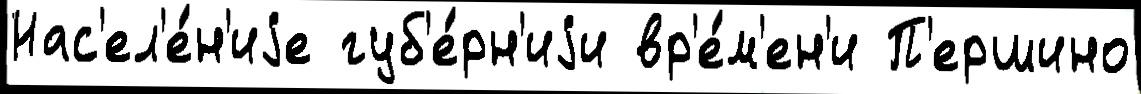
Нас'ел'е́н'иjе губ'е́рн'иjи вр'е́м'ен'и П'ершино